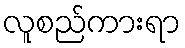
လူစည်ကားရာ